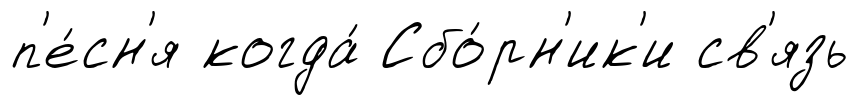
п'е́сн'я когда́ Сбо́рн'ик'и св'язь